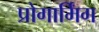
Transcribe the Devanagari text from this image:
प्रोगार्मिंग